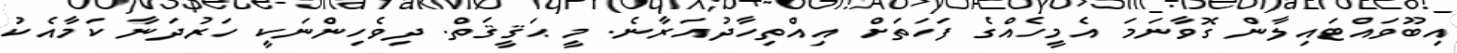
އިބޫވައްޓައިލާން ގޮވާނަމަ އެމީހެއްގެ ފަހަތަށް އިއްތިހާދުއަރާނެ. މީ ޙަޤީޤަތް. ދިވެހިންނަކީ ހަރުދަނާ ކަމާއެކު